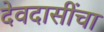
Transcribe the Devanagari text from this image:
देवदासींचा